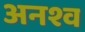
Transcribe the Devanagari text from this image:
अनश्व